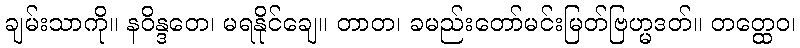
ချမ်းသာကို။ နဝိန္ဒတေ၊ မရနိုင်ချေ။ တာတ၊ ခမည်းတော်မင်းမြတ်ဗြဟ္မဒတ်။ တတ္ထေဝ၊